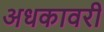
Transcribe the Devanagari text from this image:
अधकावरी